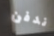
ندفن